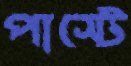
পাস্টে